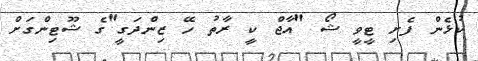
ކުޅެން ފެށި ޓީވީ ޝޯ "އާޖް ކީ ރާތު ހޭ ޒިންދަގީ"ގެ ޝޫޓިންގަށް